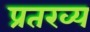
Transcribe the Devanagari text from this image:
प्रतख्य